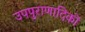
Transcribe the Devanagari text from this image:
उपपुराणादिकों